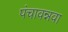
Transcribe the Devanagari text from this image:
पंचावन्नवा